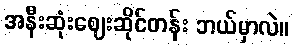
အနီးဆုံးဈေးဆိုင်တန်း ဘယ်မှာလဲ။